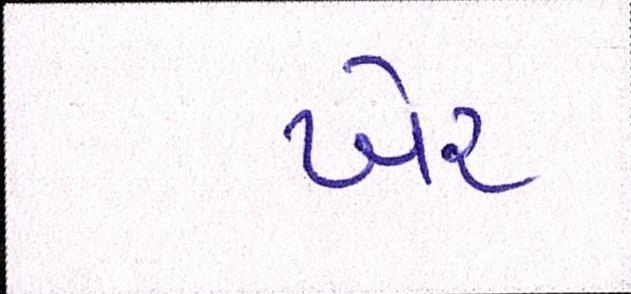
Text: ખેર